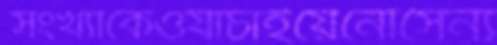
সংখ্যাকেওযাচাইয়েনৌসৈন্য